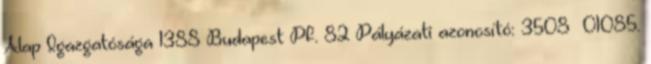
Alap Igazgatósága 1388 Budapest Pf. 82 Pályázati azonosító: 3508 01085.